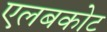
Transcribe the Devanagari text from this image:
एलबकोट